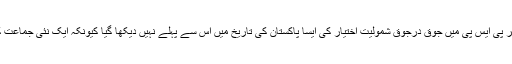
جس انداز میں منتخب ارکان قومی وصوبائی اسمبلی نے اپنی اپنی پارٹیاں چھوڑ کر پی ایس پی میں جوق درجوق شمولیت اختیار کی ایسا پاکستان کی تاریخ میں اس سے پہلے نہیں دیکھا گیا کیونکہ ایک نئی جماعت کواپناوجودمنوانے اور لوگوں کو سمجھ آنے کیلئے ایک طویل وقت درکار ہوتاہے۔